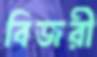
বিজরী